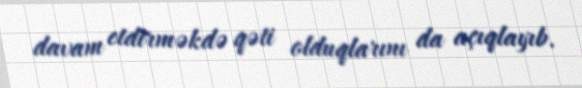
davam etdirməkdə qəti olduqlarını da açıqlayıb.